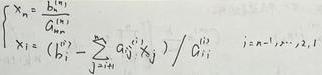
\[
\begin{cases}
x_n = \frac{b_n^{(n)}}{a_{nn}^{(n)}} \\
x_i = (b_i^{(i)} - \sum_{j = i + 1}^{n} a_{ij}^{(i)} x_j) / a_{ii}^{(i)} & i = n - 1, \cdots, 2, 1
\end{cases}
\]